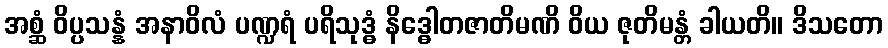
အစ္ဆံ ဝိပ္ပသန္နံ အနာဝိလံ ပဏ္ဍရံ ပရိသုဒ္ဓံ နိဒ္ဓေါတဇာတိမဏိ ဝိယ ဇုတိမန္တံ ခါယတိ။ ဒိသတော